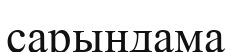
сарындама